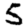
Digit: 5